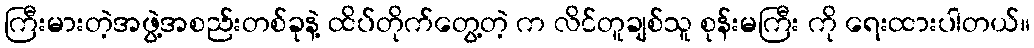
ကြီးမားတဲ့အဖွဲ့အစည်းတစ်ခုနဲ့ ထိပ်တိုက်တွေ့တဲ့ က လိင်တူချစ်သူ စုန်းမကြီး ကို ရေးထားပါတယ်။